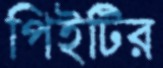
পিইটির